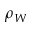
\rho _ { W }